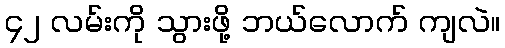
၄၂ လမ်းကို သွားဖို့ ဘယ်လောက် ကျလဲ။